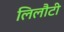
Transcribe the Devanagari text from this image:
लिलौटी